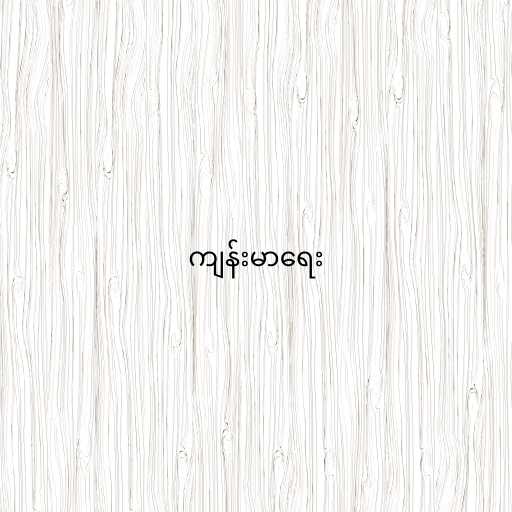
ကျန်းမာရေး